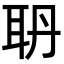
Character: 𦕃